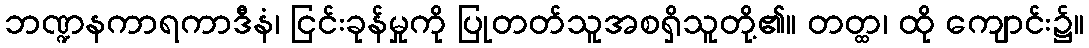
ဘဏ္ဍနကာရကာဒီနံ၊ ငြင်းခုန်မှုကို ပြုတတ်သူအစရှိသူတို့၏။ တတ္ထ၊ ထို ကျောင်း၌။